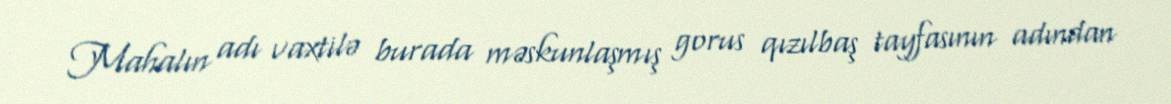
Mahalın adı vaxtilə burada məskunlaşmış gorus qızılbaş tayfasının adından